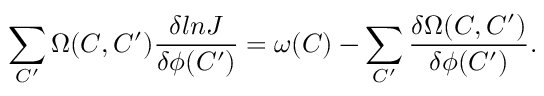
\sum _ { C ^ { \prime } } \Omega ( C , C ^ { \prime } ) { \frac { \delta l n J } { \delta \phi ( C ^ { \prime } ) } } = \omega ( C ) - \sum _ { C ^ { \prime } } { \frac { \delta \Omega ( C , C ^ { \prime } ) } { \delta \phi ( C ^ { \prime } ) } } .